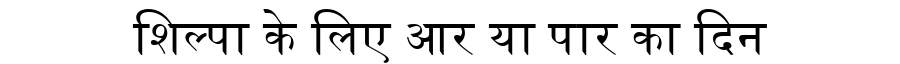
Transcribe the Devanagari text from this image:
शिल्पा के लिए आर या पार का दिन